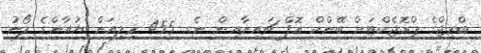
ބްރިޖްގެ ޕްރޮޖެކްޓަށް ބޭންކް އޮފް ޗައިނާއިން ނެގި 455 މިލިއަން ޔުއާންގެ ލޯނު